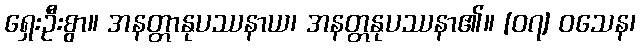
ရှေးဦးစွာ။ အနတ္တာနုပဿနာယ၊ အနတ္တနုပဿနာ၏။ [၀၇] ဝသေန၊